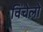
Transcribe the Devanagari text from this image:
विंचेलो